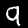
Digit: 9